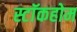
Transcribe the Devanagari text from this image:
स्टाॅकहोम